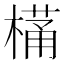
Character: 𭫩